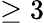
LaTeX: \ge 3